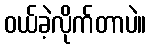
ဝယ်ခဲ့လိုက်တာပဲ။